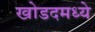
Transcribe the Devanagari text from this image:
खोडदमध्ये